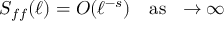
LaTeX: S _ { f f } ( \ell ) = O ( \ell ^ { - s } ) \quad \mathrm { { { a s \ } \ell \to \infty } }